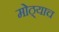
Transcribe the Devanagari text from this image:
मोठ्याच